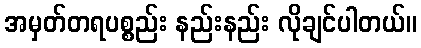
အမှတ်တရပစ္စည်း နည်းနည်း လိုချင်ပါတယ်။